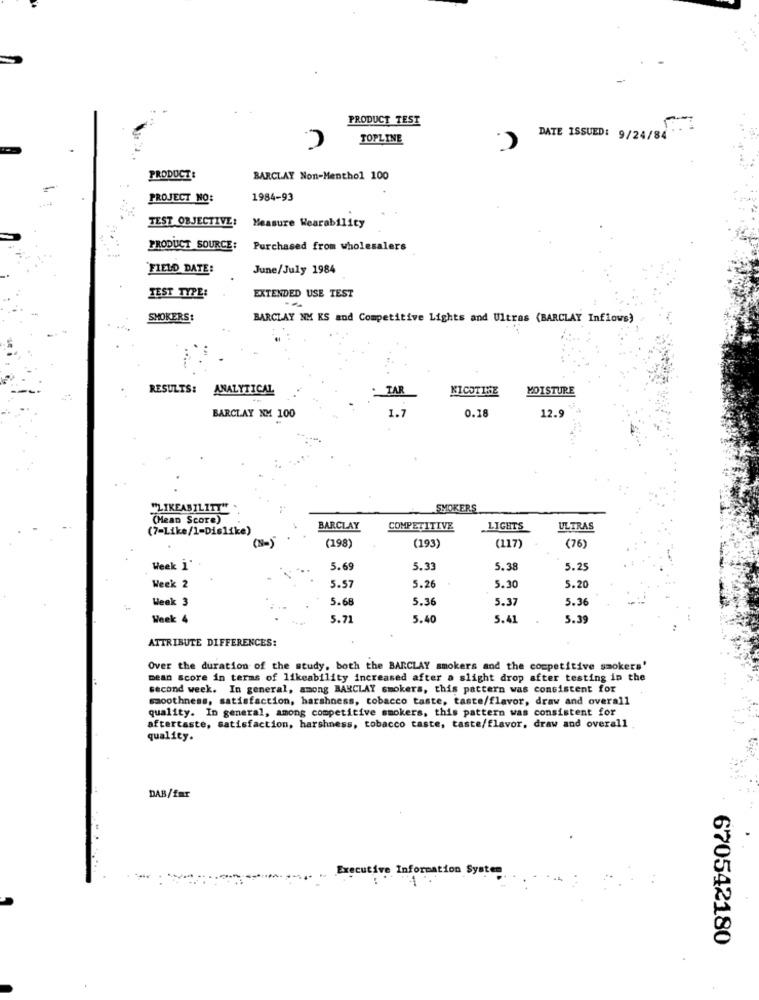
PRODUCT TEST
TOPLINE
DATE ISSUED: 9/24/84'
PRODUCT :
BARCLAY Non-Menthol 100
PROJECT NO:
1984-93
TEST OBJECTIVE:
Measure Wearability
PRODUCT SOURCE:
Purchased from wholesalers
FIELD DATE:
June/July 1984
TEST TYPE:
EXTENDED USE TEST
SMOKERS:
BARCLAY NM KS and Competitive Lights and Ultras (BARCLAY Inflows)
RESULTS:
ANALYTICAL
TAR
NICOTINE
MOISTURE
BARCLAY NM 100
1.7
0.18
12.9
"LIKEABILITY"
SMOKERS
(Mean Score)
(7=Like/1-Dislike)
BARCLAY
COMPETITIVE
LIGHTS
ULTRAS
(198)
(193)
(117)
(76)
Week i'
5.69
5.33
5.38
5.2
Week 2
5.57
5.26
5.30
5.2
Week 3
5.68
5.36
5.37
5.36
Week 4
5.21
5.40
5.41
5.39
ATTRIBUTE DIFFERENCES:
Over the duration of the study, both the BARCLAY smokers and the competitive smokers'
mean score in terms of likeability increased after a slight drop after testing in the
second week. In general, among BARCLAY smokers, this pattern was consistent for
smoothness, satisfaction, harshness, tobacco taste, taste/flavor, draw and overall
quality. In general, among competitive smokers, this pattern was consistent for
aftertaste, satisfaction, harshness, tobacco taste, taste/flavor, draw and overall
quality.
DAB/fmr
Executive Information System
670542180